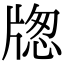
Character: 牎